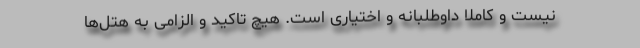
نیست و کاملا داوطلبانه و اختیاری است. هیچ تاکید و الزامی به هتل‌ها